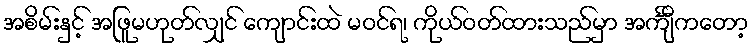
အစိမ်းနှင့် အဖြူမဟုတ်လျှင် ကျောင်းထဲ မဝင်ရ၊ ကိုယ်ဝတ်ထားသည်မှာ အင်္ကျီကတော့